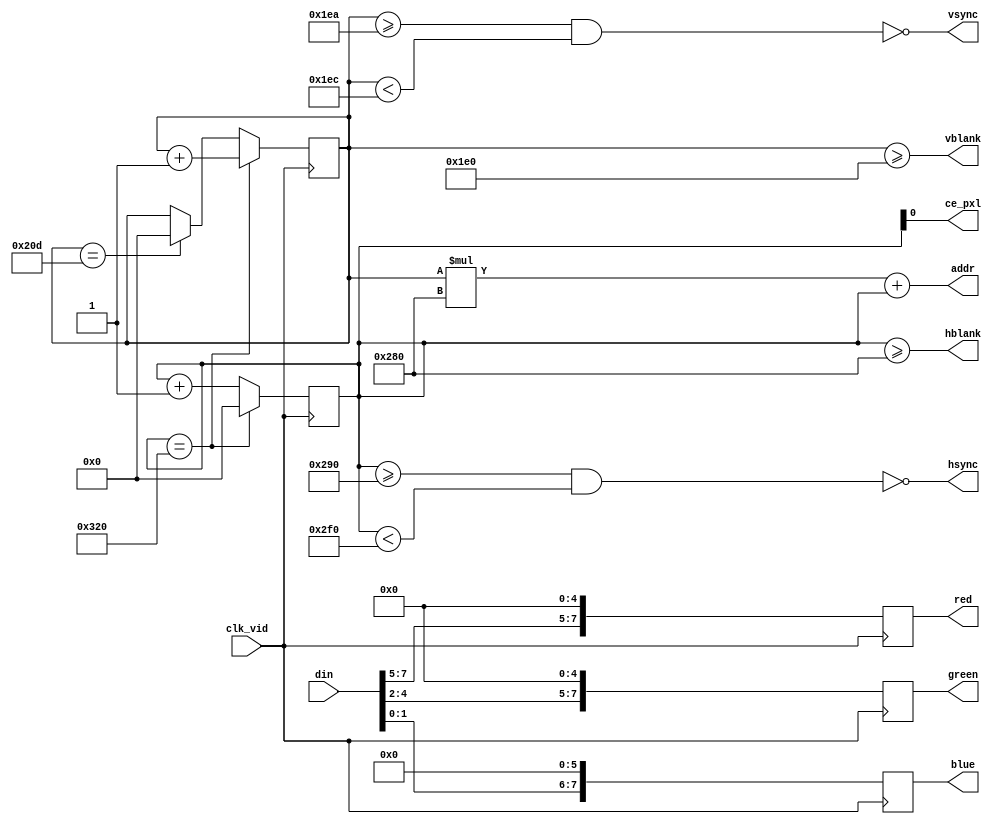

module video(

  input clk_vid,

  output ce_pxl,

  output hsync,
  output vsync,
  output hblank,
  output vblank,
  output reg [7:0] red,
  output reg [7:0] green,
  output reg [7:0] blue,

  output [18:0] addr,
  input [15:0] din

);

reg [9:0] hcount;
reg [9:0] vcount;

// Timing for 640 x 480 @ 60 Hz (25.175 MHz)

parameter HFP = 640;    // front porch
parameter HSP = HFP+16; // sync pulse
parameter HBP = HSP+96; // back porch
parameter HWL = HBP+48; // whole line
parameter VFP = 480;    // front porch
parameter VSP = VFP+10; // sync pulse
parameter VBP = VSP+2;  // back porch
parameter VWL = VBP+33; // whole line

assign hsync = ~((hcount >= HSP) && (hcount < HBP));
assign vsync = ~((vcount >= VSP) && (vcount < VBP));

assign hblank = hcount >= HFP;
assign vblank = vcount >= VFP;
assign ce_pxl = hcount[0] == 1;

assign addr = vcount * 10'd640 + hcount;


always @(posedge clk_vid)
  { red, green, blue } <= { { din[7:5], 5'd0 }, { din[4:2], 5'd0 }, { din[1:0], 6'd0 } };


always @(posedge clk_vid) begin
  hcount <= hcount + 10'd1;
  if (hcount == HWL) hcount <= 0;
end

always @(posedge clk_vid)
  if (hcount == HWL)
    vcount <= vcount + 10'd1;
  else if (vcount == VWL)
    vcount <= 0;


endmodule